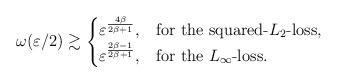
LaTeX: \begin{align*} \omega(\varepsilon/2) \gtrsim \begin{cases} \varepsilon^{\frac{4\beta}{2\beta+1}}, & \mbox{for the squared-$L_2$-loss},\\ \varepsilon^{\frac{2\beta - 1}{2\beta+1}}, & \mbox{for the $L_{\infty}$-loss}. \end{cases}\end{align*}